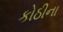
કોઠીના